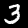
Label: 3